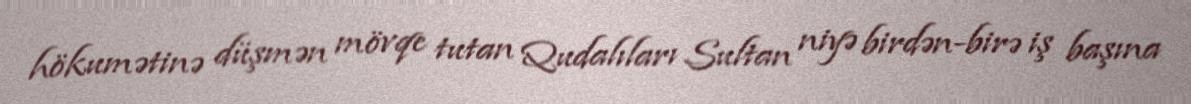
hökumətinə düşmən mövqe tutan Qudalıları Sultan niyə birdən-birə iş başına